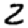
Digit: 2